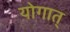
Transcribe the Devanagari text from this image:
योगात्